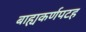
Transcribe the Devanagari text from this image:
बाह्यकर्णपटह